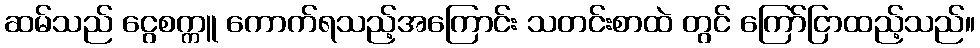
ဆမ်သည် ငွေစက္ကူ ကောက်ရသည့်အကြောင်း သတင်းစာထဲ တွင် ကြော်ငြာထည့်သည်။